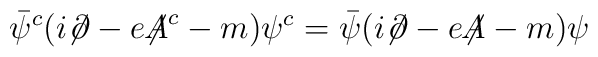
\bar{\psi}^c(i{\not\!\partial}-e {\not\!\!A}^c -m)\psi^c =\bar{\psi}(i{\not\!\partial}-e{\not\!\!A}-m)\psi